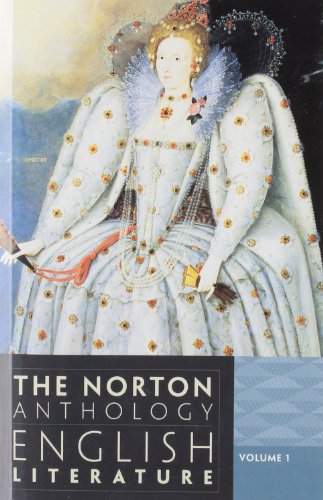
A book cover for The Norton Anthology of English Literature (Ninth Edition)  (Vol. 1); M. H. Abrams; Literature & Fiction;